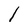
Character: l